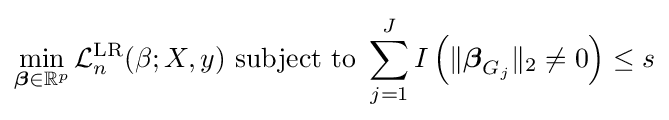
\min _{{\boldsymbol {\beta }}\in \mathbb {R} ^{p}}{\mathcal {L}}_{n}^{\text{LR}}(\beta ;X,y){\text{ subject to }}\sum _{j=1}^{J}I\left(\|{\boldsymbol {\beta }}_{G_{j}}\|_{2}\neq 0\right)\leq s